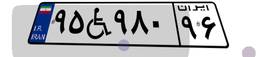
۹۵W۹۸۰۹۶